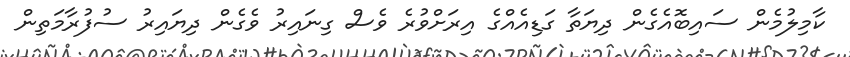
ކާމިލުމެން ސައިބޮއެގެން ދިޔަތާ ގަޑިއެއްގެ އިރަށްވުރެ ވެސް ގިނައިރު ވެގެން ދިޔައިރު ސުފުރާމަތިން